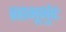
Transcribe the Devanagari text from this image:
ब्रह्मभूर्भुवः